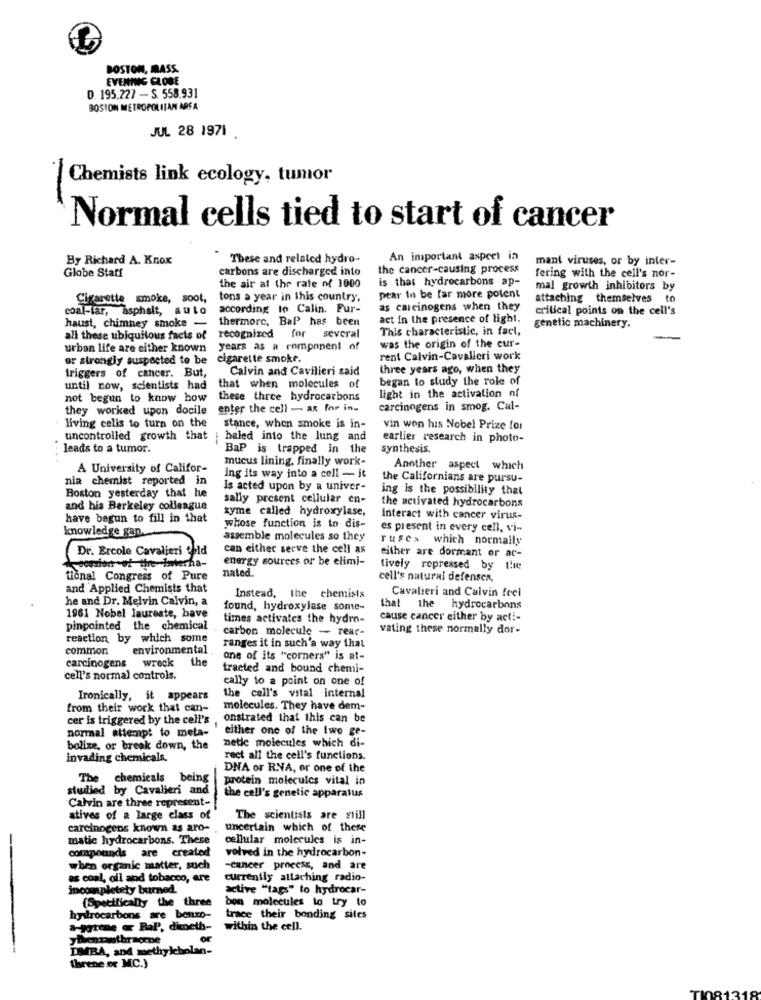
BOSTON, MASS.
EVENING GLOBE
D. 195.227 - S. 558.931
BOSTON METROPOLITAN ARFA
JUL 28 1971
| Chemists link ecology, tumor
Normal cells tied to start of cancer
By Richard A. Knox
These and related hydro-
An important aspect in
mant viruses, or by inter-
carbons are discharged into
the cancer-causing process
Globe Staff
is that hydrocarbons ap-
fering with the cell's nor-
the air at the rate of 3000
mal growth inhibitors by
Cigarette smoke, soot,
tons a year in this country,
pear In be far more potent
attaching themselves to
coal-tar, asphalt, auto
according to Calin. Fur-
as carcinogens when they
critical points on the cell's
thermorc, BaP has been
act in the presence of light.
haust, chimney smoke -
This characteristic, in fact,
genetic machinery.
all these ubiquitous facts of
recognized for several
was the origin of the eur-
urban life are either known years as a romponent of
or strongly suspected to be
cigarette smoke.
rent Calvin-Cavalleri work
triggers of cancer. But,
Calvin and Cavilieri said
three years ago, when they
began to study the role of
until now, scientists had
that when molecules of
net begun to know how
these three hydrocarbons
light in the activation of
they worked upon docile
enter the cell - as for in-
carcinogens in smog. Cal-
living celis to turn on the
stance, when smoke is in-
vin won his Nobel Prize for
uncontrolled growth that
haled into the lung and
earlier research in photo-
leads to a tumor.
BaP is trapped in the
synthesis.
mucus lining, finally work-
A University of Califor-
Another aspect which
nia chemist reported in
ing its way into a cell - it
the Californians are pursu-
is acted upon by a univer-
ing is the possibility that
Boston yesterday that he
sally present cellular en-
and his Berkeley colleague
zyme called hydroxylase,
the activated hydrocarbons
have begun to fill in that
Interact with cancer virus-
knowledge gan.
whose function is to dis-
es present in every cell, vi-
assemble molecules so they
ruses which normally
Dr. Ercole Cavalieri thid
can either serve the cell as
energy sources or be elimi-
either are dormant or ac-
nated.
tively repressed by the
tional Congress of Pure
cell's natural defensex,
and Applied Chemists that
Cavalieri and Calvin feel
he and Dr. Melvin Calvin, a
Instead, the chemists
found, hydroxylase some-
that the hydrocarbons
1961 Nobel laureate, have
times activates the hydro-
cause cancer either by acti-
pinpointed the chemical
carbon molecule -- rear-
vating these normally dor-
reaction by which some
common
environmental
ranges it in such'a way that
wreck
the
one of its "corners" is at-
carcinogens
tracted and bound chemi-
cell's normal controls.
cally to a point on one of
Ironically, it appears
the cell's vital internal
from their work that can-
molecules. They have dem-
cer is triggered by the cell's ,
onstrated that this can be
normal attempt to meta-
either one of the two ge-
netle molecules which di-
bolize, or break down, the
invading chemicals.
rect all the cell's functions.
DNA or RIVA, or one of the
The chemicals being
protein molecules vital in
studied by Cavalieri and
Calvin are three represent-
the call's genetic apparatus
atives of a large class of
The scientists are still
carcinogens known as aro-
uncertain which of these
matic hydrocarbons. These
cellular molecules is in-
compounds are created
volved in the hydrocarbon-
when organic matter, such
-Cancer process, and are
as coal, oil and tobacco, are
currently attaching radio-
incompletety burned.
active "tags" to hydrocar-
(Specifically the three
bon molecules to try to
hydrocarbons are benzo-
trace their bonding siles
a-jgtene « BaP. dimeth-
within the cell.
of
DIMBA, and methylebolan-
threne or MC.)